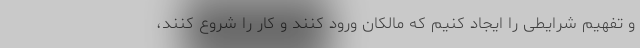
و تفهیم شرایطی را ایجاد کنیم که مالکان ورود کنند و کار را شروع کنند،